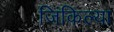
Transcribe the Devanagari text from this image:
जिंकिल्या